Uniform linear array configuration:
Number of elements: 16
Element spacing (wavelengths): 0.5
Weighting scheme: hann
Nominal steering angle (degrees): -60
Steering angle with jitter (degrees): -60.677
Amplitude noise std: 0.05
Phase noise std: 0.05

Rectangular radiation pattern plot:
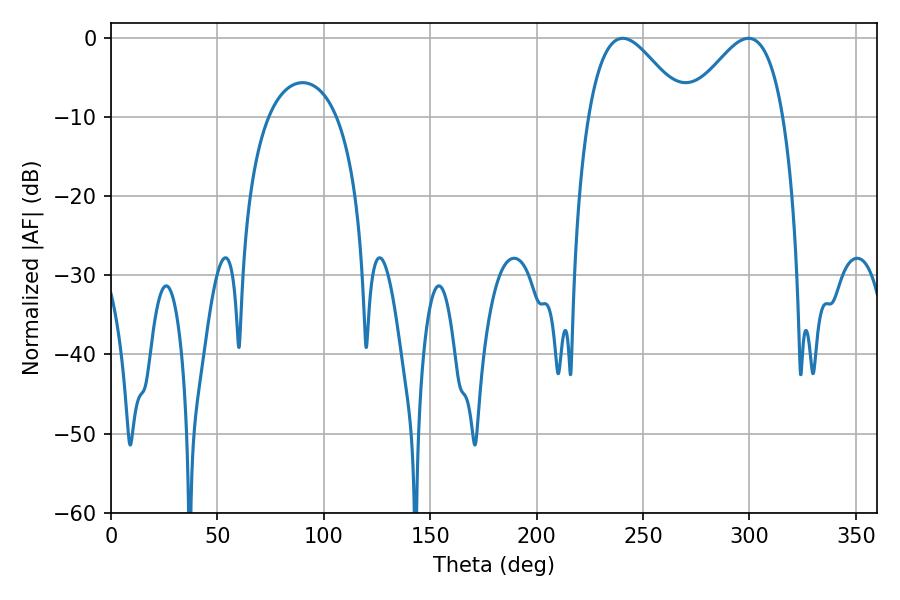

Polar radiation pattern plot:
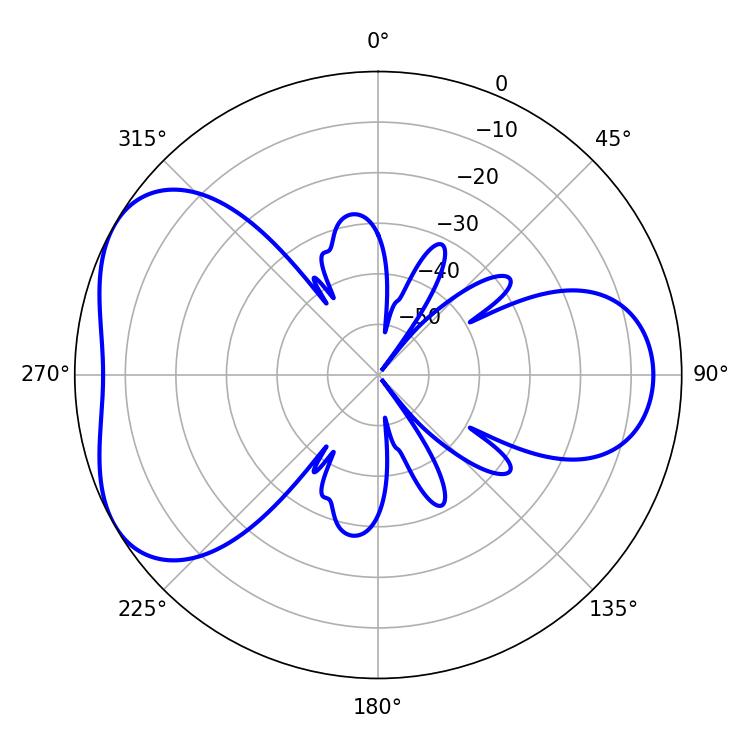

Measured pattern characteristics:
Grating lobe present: FALSE
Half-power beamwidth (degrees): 24.3
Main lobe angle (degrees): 299.52